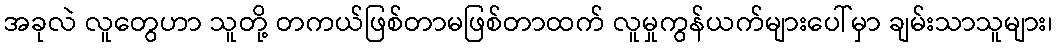
အခုလဲ လူတွေဟာ သူတို့ တကယ်ဖြစ်တာမဖြစ်တာထက် လူမှုကွန်ယက်များပေါ်မှာ ချမ်းသာသူများ၊